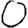
Digit: 0